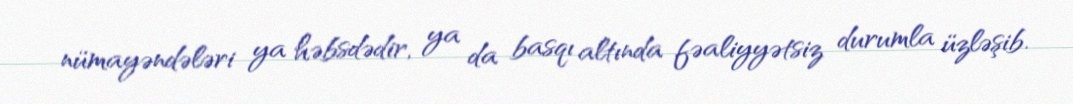
nümayəndələri ya həbsdədir, ya da basqı altında fəaliyyətsiz durumla üzləşib.